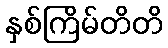
နှစ်ကြိမ်တိတိ